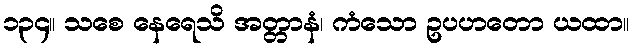
၁၃၄။ သစေ နေရေသိ အတ္တာနံ၊ ကံသော ဥပဟတော ယထာ။